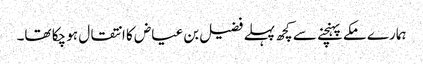
ہمارے مکے پہنچنے سے کچھ پہلے فضیل بن عیاض کا انتقال ہو چکا تھا۔